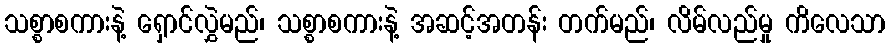
သစ္စာစကားနဲ့ ရှောင်လွှဲမည်၊ သစ္စာစကားနဲ့ အဆင့်အတန်း တက်မည်၊ လိမ်လည်မှု ကိလေသာ